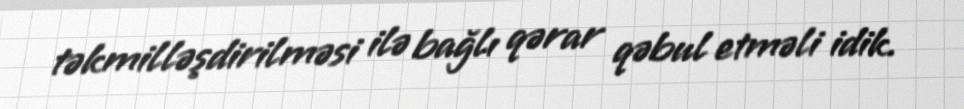
təkmilləşdirilməsi ilə bağlı qərar qəbul etməli idik.